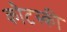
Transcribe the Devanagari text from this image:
कौटस्की